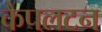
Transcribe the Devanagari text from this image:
कैपलटन